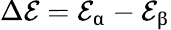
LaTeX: \Delta\mathcal{E}=\mathcal{E}_{\upalpha}-\mathcal{E}_{\upbeta}